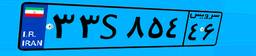
۳۳S۸۵۴۴۶